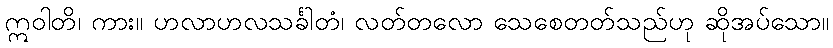
ဣဝါတိ၊ ကား။ ဟလာဟလသင်္ခါတံ၊ လတ်တလော သေစေတတ်သည်ဟု ဆိုအပ်သော။